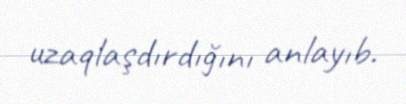
uzaqlaşdırdığını anlayıb.